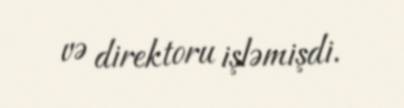
və direktoru işləmişdi.